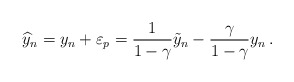
\begin{align*}\widehat{y}_n = y_n + \varepsilon_p = \frac{1}{1-\gamma} \tilde{y}_n- \frac{\gamma}{1-\gamma} y_n \,. \end{align*}